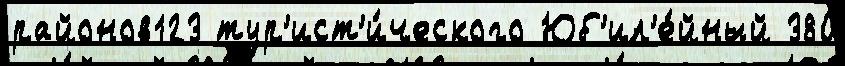
районов123 тур'ист'и́ческого Юб'ил'е́йный 380